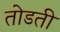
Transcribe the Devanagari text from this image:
तोडती